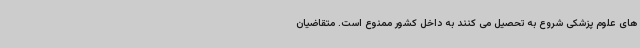
های علوم پزشکی شروع به تحصیل می کنند به داخل کشور ممنوع است. متقاضیان